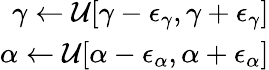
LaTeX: \begin{array}{r}{\gamma\leftarrow\mathcal{U}[\gamma-\epsilon_{\gamma},\gamma+\epsilon_{\gamma}]}\\ {\alpha\leftarrow\mathcal{U}[\alpha-\epsilon_{\alpha},\alpha+\epsilon_{\alpha}]}\end{array}